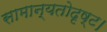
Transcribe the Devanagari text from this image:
सामान्यतोदृष्ट।